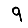
Digit: 9